Trukikaitis_Postimees, lk 46
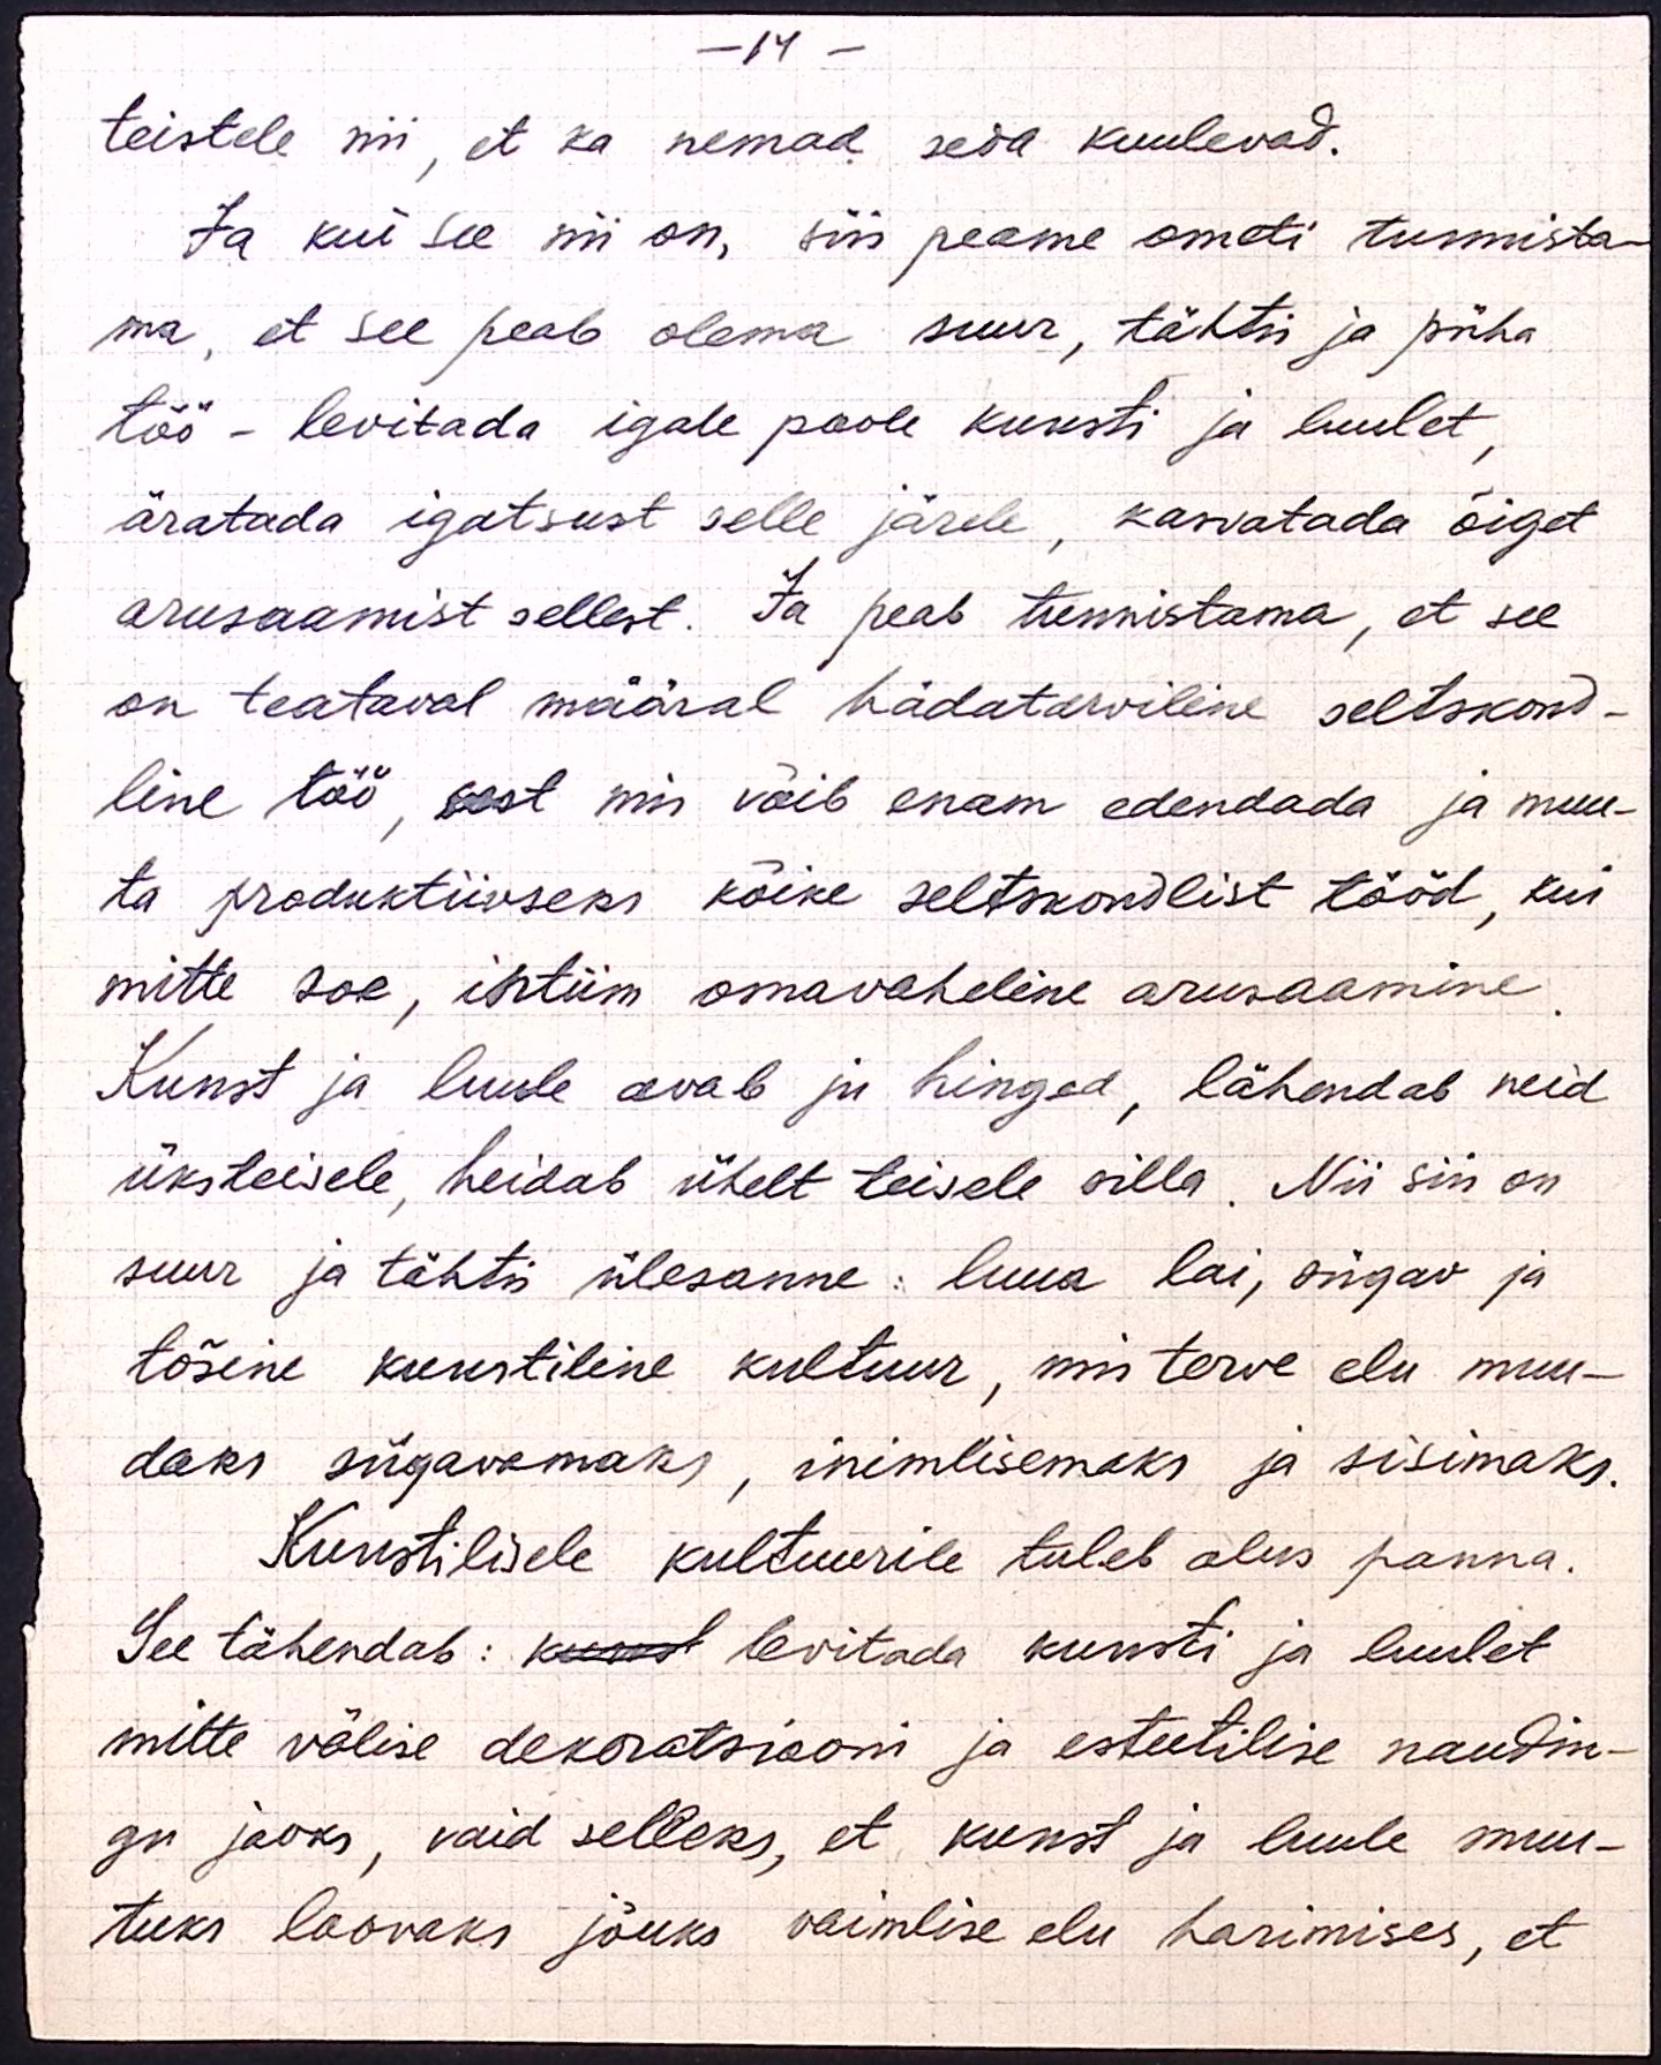
- 14 -
teistele nii, et ka nemad seda kuulevad.
Ja kui see nii on, siis peame ometi tunnista-
ma, et see peab olema suur, tähtis ja püha
töö - levitada igale poole kunsti ja luulet,
äratada igatsust selle järele, kasvatada õiget
arusaamist sellest. Ja peab tunnistama, et see
on teataval määral hädatarviline seltskond-
line töö, sest mis võib enam edendada ja muu-
ta produktiivseks kõike seltskondlist tööd, kui
mitte soe, intiim omavaheline arusaamine.
Kunst ja luule avab ju hinged, lähendab neid
üksteisele, heidab ühelt teisele silla. Nii siin on
suur ja tähtis ülesanne: luua lai, sügav ja
tõsine kunstiline kultuur, mis terve elu muu-
daks sügavamaks, inimlisemaks ja sisimaks.
Kunstilisele kultuurile tuleb alus panna.
See tähendab: kunst levitada kunsti ja luulet
mitte välise dekoratsiooni ja esteetilise naudin-
gu jaoks, vaid selleks, et kunst ja luule muu-
tuks loovaks jõuks vaimlise elu harimises, et